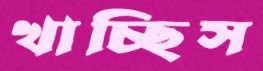
খাচ্ছিস